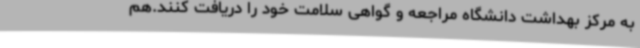
به مرکز بهداشت دانشگاه مراجعه و گواهی سلامت خود را دریافت کنند.هم